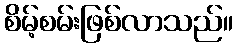
စိမ့်စမ်းဖြစ်လာသည်။